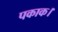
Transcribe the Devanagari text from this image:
पकाक।